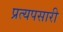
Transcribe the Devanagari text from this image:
प्रत्यपसारी